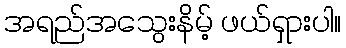
အရည်အသွေးနိမ့် ဖယ်ရှားပါ။